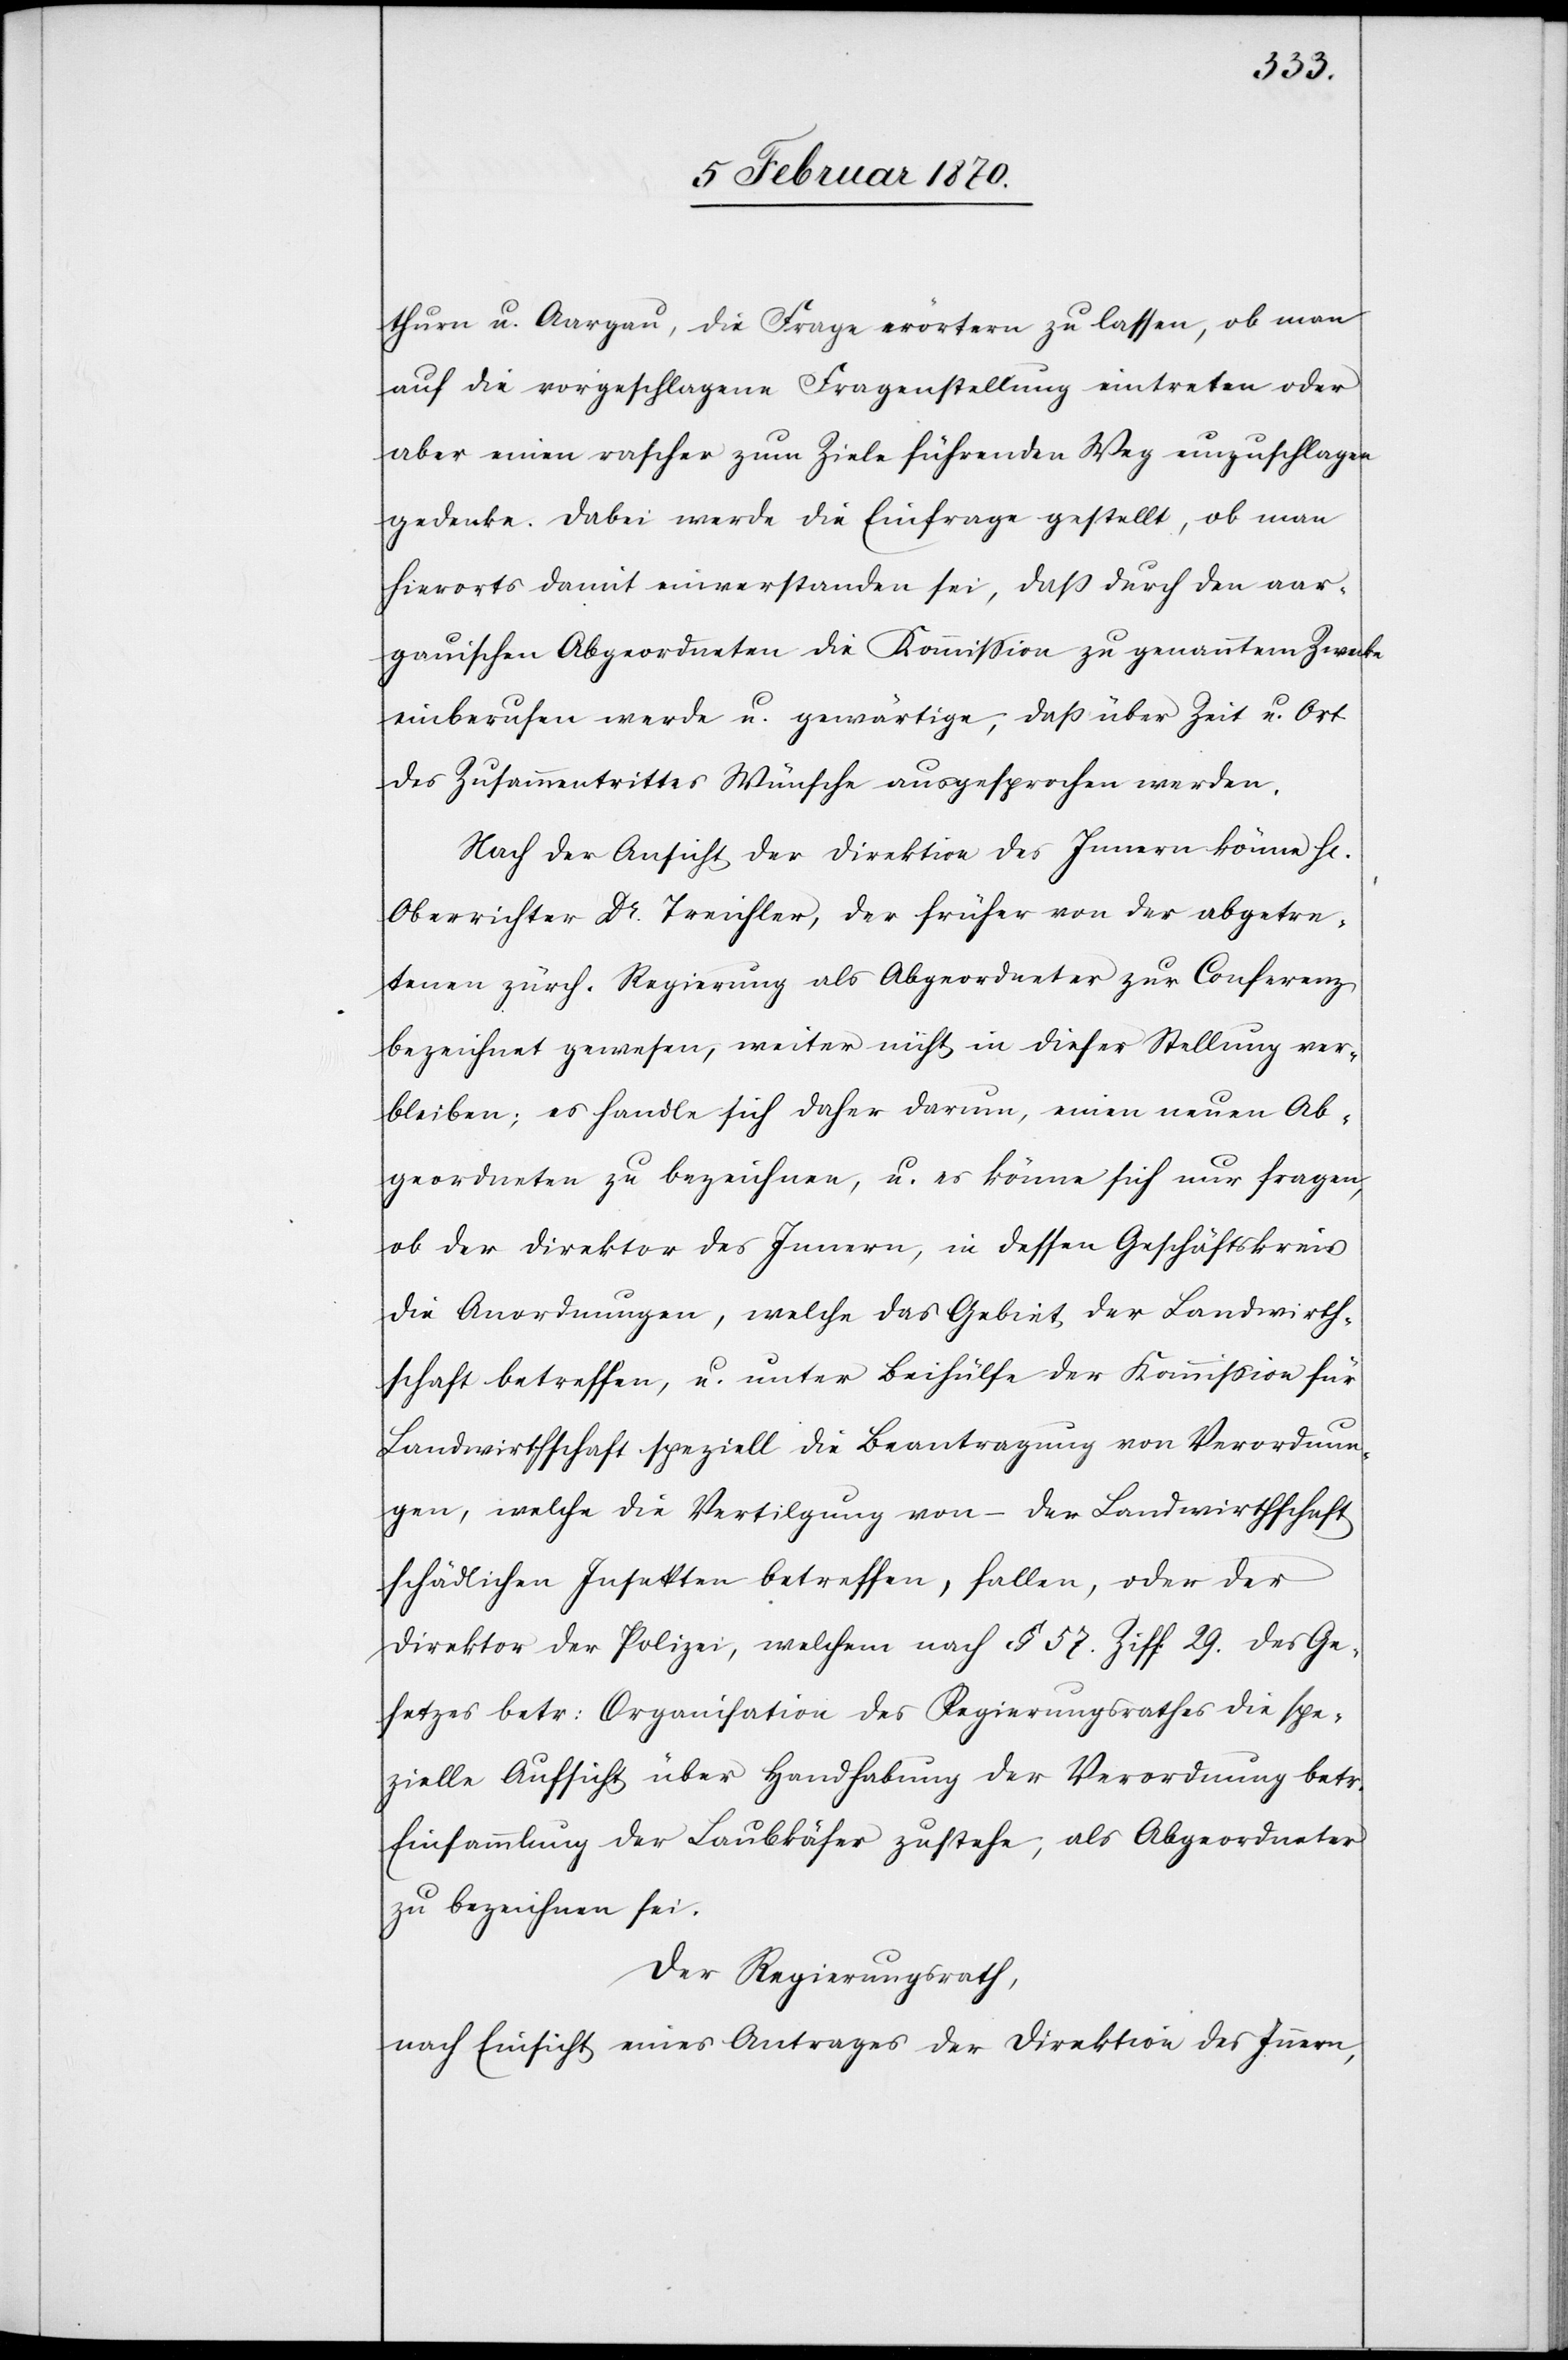
thurn u. Aargau, die Frage erörtern zu lassen, ob man
auf die vorgeschlagene Fragestellung eintreten oder
aber einen rascher zum Ziele führenden Weg einzuschlagen
gedenke. Dabei werde die Einfrage gestellt, ob man
hierorts damit einverstanden sei, daß durch den aar¬
gauischen Abgeordneten die Kommission zu genanntem Zwecke
einberufen werde u. gewärtige, daß über Zeit u. Ort
des Zusammentrittes Wünsche ausgesprochen werden.
Nach der Ansicht der Direktion des Innern könne H[err]
Oberrichter Dr. Treichler, der früher von der abgetre¬
tenen zürch. Regierung als Abgeordneter zur Conferenz
bezeichnet gewesen, weiter nicht in dieser Stellung ver¬
bleiben; es handle sich daher darum, einen neuen Ab¬
geordneten zu bezeichnen, u. es könne sich nur fragen,
ob der Direktor des Innern, in dessen Geschäftskreis
die Anordnungen, welche das Gebiet der Landwirth¬
schaft betreffen, u. unter Beihülfe der Kommission für
Landwirthschaft speziell die Beantragung von Verordnun¬
gen, welche die Vertilgung von – der Landwirthschaft
schädlichen Insekten betreffen, fallen, oder der
Direktor der Polizei, welchem nach § 57. Ziff. 29. des Ge¬
setzes betr: Organisation des Regierungsrathes die spe¬
zielle Aufsicht über Handhabung der Verordnung betr.
Einsammlung der Laubkäfer zustehe; als Abgeordneter
zu bezeichnen sei.
Der Regierungsrath,
nach Einsicht eines Antrages der Direktion des Innern,